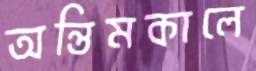
অন্তিমকালে